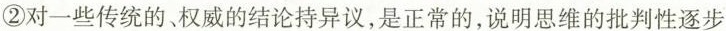
②对一些传统的、权威的结论持异议，是正常的，说明思维的批判性逐步